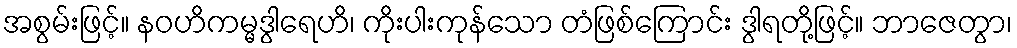
အစွမ်းဖြင့်။ နဝဟိကမ္မဒွါရေဟိ၊ ကိုးပါးကုန်သော တံဖြစ်ကြောင်း ဒွါရတို့ဖြင့်။ ဘာဇေတွာ၊